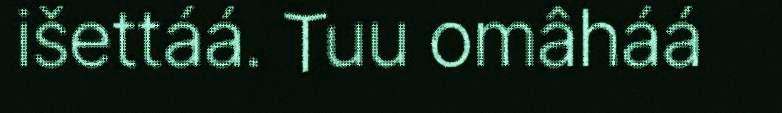
išettáá. Tuu omâháá